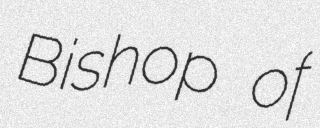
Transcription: Bishop of